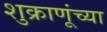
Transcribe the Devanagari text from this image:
शुक्राणूंच्या